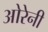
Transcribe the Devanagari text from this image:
ओरेनी